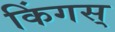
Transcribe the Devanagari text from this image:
किंगस्